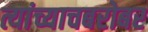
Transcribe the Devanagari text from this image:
त्यांच्याचबरोबर